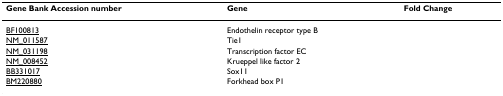
<table><thead><tr><td><b>Gene Bank Accession number</b></td><td><b>Gene</b></td><td><b>Fold Change</b></td></tr></thead><tbody><tr><td>BF100813</td><td>Endothelin receptor type B</td><td>[EMPTY_CELL]</td></tr><tr><td>NM_011587</td><td>Tie1</td><td>[EMPTY_CELL]</td></tr><tr><td>NM_031198</td><td>Transcription factor EC</td><td>[EMPTY_CELL]</td></tr><tr><td>NM_008452</td><td>Krueppel like factor 2</td><td>[EMPTY_CELL]</td></tr><tr><td>BB331017</td><td>Sox11</td><td>[EMPTY_CELL]</td></tr><tr><td>BM220880</td><td>Forkhead box P1</td><td>[EMPTY_CELL]</td></tr></tbody></table>